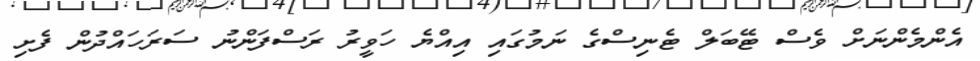
އެންމެންނަށް ވެސް ޓޭބަލް ޓެނިސްގެ ނަމުގައި އިއްޔެ ހަވީރު ރަސްފަންނު ސަރަހައްދުން ފެށި